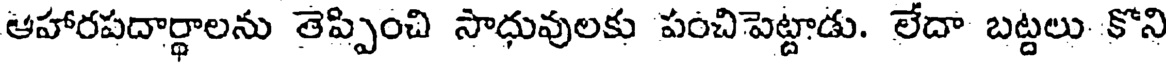
ఆహారపదార్థాలను తెప్పించి సాధువులకు పంచిపెట్టాడు. లేదా బట్టలు కొని